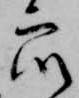
衆